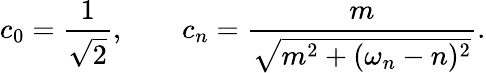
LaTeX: c_{0}={\frac{1}{\sqrt{2}}},~~~~~~~~c_{n}={\frac{m}{\sqrt{m^{2}+(\omega_{n}-n)^{2}}}}.